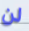
لن